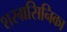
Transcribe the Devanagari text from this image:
शरग्रसिनिका